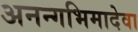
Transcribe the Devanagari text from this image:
अनन्गभिमादेवा